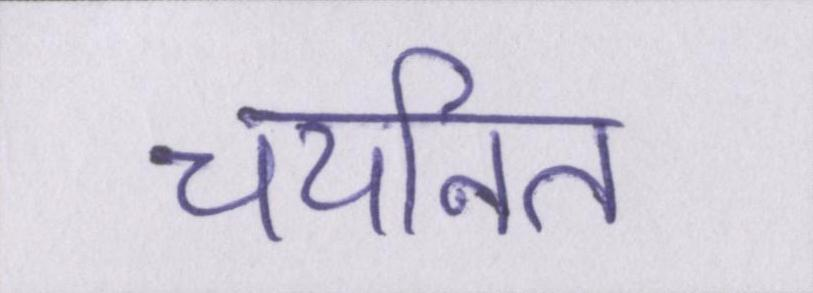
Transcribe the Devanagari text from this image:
चयनित